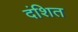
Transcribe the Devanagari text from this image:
दंशित